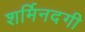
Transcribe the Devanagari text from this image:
शर्मिनदगी